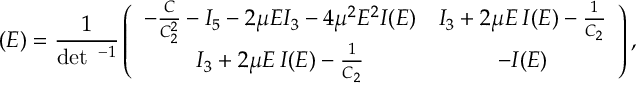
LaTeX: { \bf \tau } ( E ) = \frac { 1 } { \operatorname * { d e t } { \bf \tau } ^ { - 1 } } \left( \begin{array} { c c } { { - \frac { C } { C _ { 2 } ^ { 2 } } - I _ { 5 } - 2 \mu E I _ { 3 } - 4 \mu ^ { 2 } E ^ { 2 } I ( E ) } } & { { I _ { 3 } + 2 \mu E \, I ( E ) - \frac { 1 } { C _ { 2 } } } } \\ { { I _ { 3 } + 2 \mu E \, I ( E ) - \frac { 1 } { C _ { 2 } } } } & { { - I ( E ) } } \end{array} \right) ,